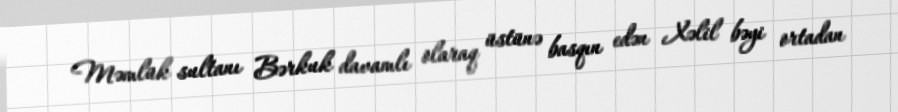
Məmlük sultanı Bərkuk davamlı olaraq üstünə basqın edən Xəlil bəyi ortadan